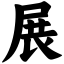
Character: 展